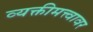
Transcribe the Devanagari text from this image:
व्यक्तीमत्त्वावर